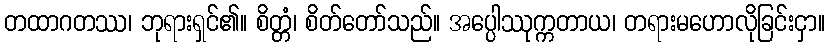
တထာဂတဿ၊ ဘုရားရှင်၏။ စိတ္တံ၊ စိတ်တော်သည်။ အပ္ပေါဿုက္ကတာယ၊ တရားမဟောလိုခြင်းငှာ။